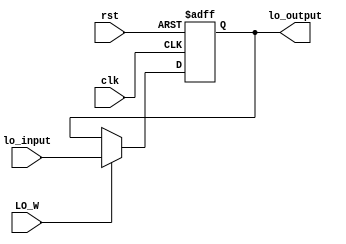
module lo (
    input clk,
    input rst,
    input LO_W,
    input [31:0] lo_input,
    output [31:0] lo_output
);

reg [31:0] lo_reg;
assign lo_output = lo_reg;
always @(posedge clk or posedge rst) begin
    if(rst)
        lo_reg <= 32'b0;
    else
    begin
        if(LO_W)
            lo_reg <= lo_input;
    end
end
    
endmodule